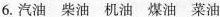
6.汽油 柴油 机油 煤油 菜油